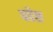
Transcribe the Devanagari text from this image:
पोष्ट